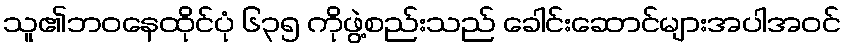
သူ၏ဘဝနေထိုင်ပုံ ၆၃၅ ကိုဖွဲ့စည်းသည် ခေါင်းဆောင်များအပါအဝင်